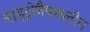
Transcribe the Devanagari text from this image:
नाइट्रोनैपथलीन